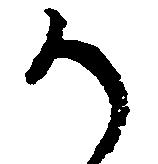
か